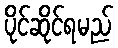
ပိုင်ဆိုင်ရမည်